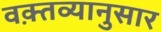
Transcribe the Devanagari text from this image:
वक़्तव्यानुसार